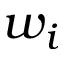
w _ { i }